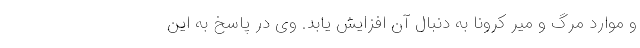
و موارد مرگ و میر کرونا به دنبال آن افزایش یابد. وی در پاسخ به این